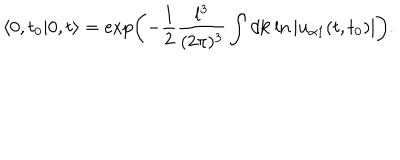
LaTeX: \left< 0 , t _ { 0 } | 0 , t \right> = \exp \left( - \frac { 1 } { 2 } \frac { l ^ { 3 } } { ( 2 \pi ) ^ { 3 } } \int d { \bf k } \ln | u _ { \alpha 1 } ( t , t _ { 0 } ) | \right) .